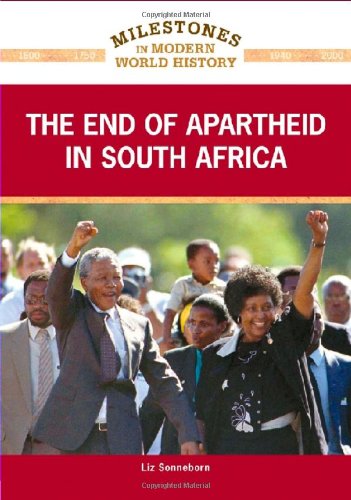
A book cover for The End of Apartheid in South Africa (Milestones in Modern World History); Liz Sonneborn; Teen & Young Adult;